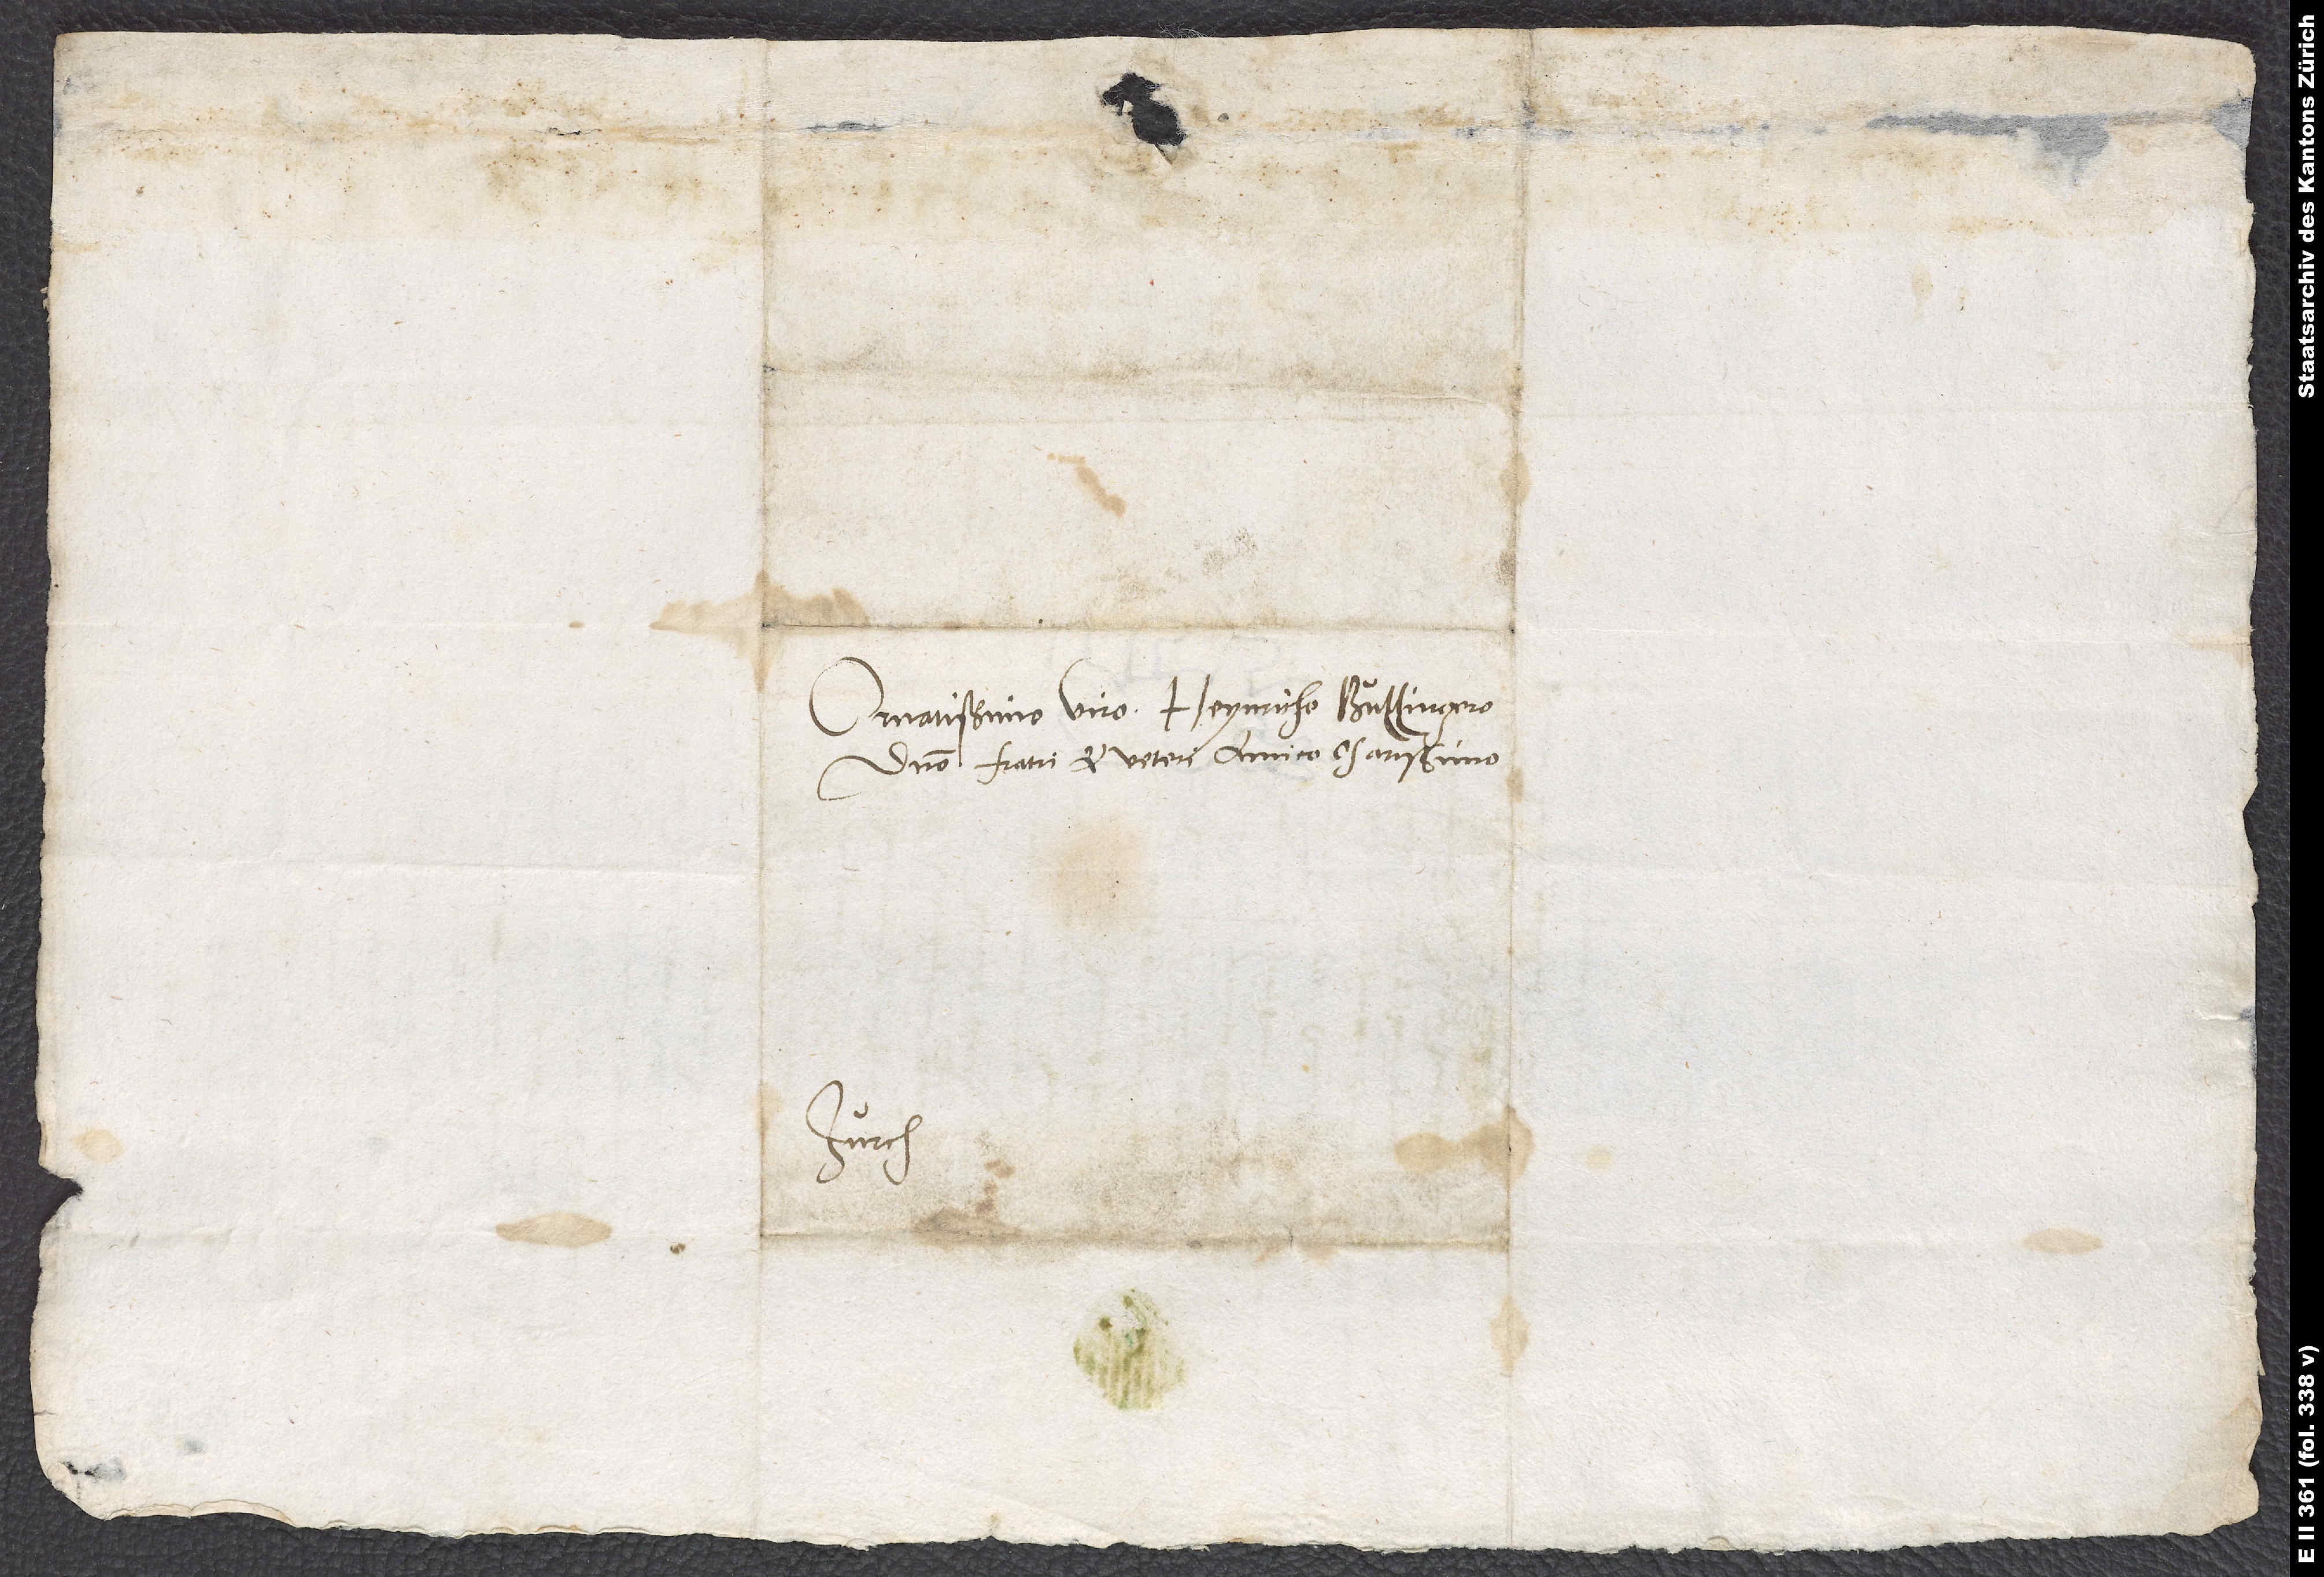
Ornatissimo viro Heynricho Bullingero,
domino, fratri et veteri amico charissimo.
Zurch.